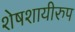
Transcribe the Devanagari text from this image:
शेषशायीरुप